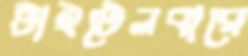
টাইটেলবারে